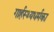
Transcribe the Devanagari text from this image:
गार्हस्थ्यधर्मका